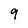
Character: 9